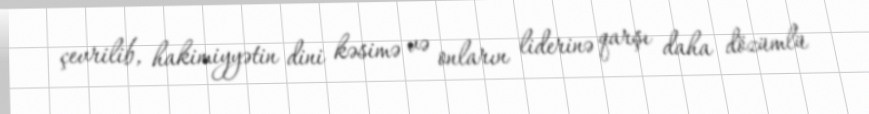
çevrilib, hakimiyyətin dini kəsimə və onların liderinə qarşı daha dözümlü